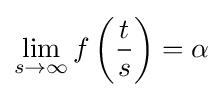
\lim _{s\to \infty }f\left({\frac {t}{s}}\right)=\alpha